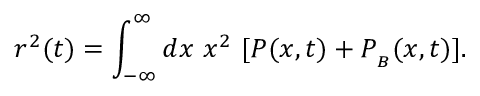
r ^ { 2 } ( t ) = \int _ { - \infty } ^ { \infty } d x \ x ^ { 2 } \ [ P ( x , t ) + P _ { _ B } ( x , t ) ] .